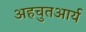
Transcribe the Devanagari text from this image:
अहचुतआर्य